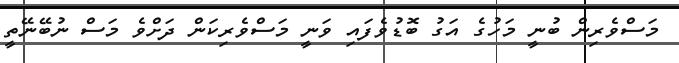
މަސްވެރިން ބުނީ މަހުގެ އަގު ބޮޑުވެފައި ވަނީ މަސްވެރިކަން ދަށްވެ މަސް ނުބޭނޭތީ